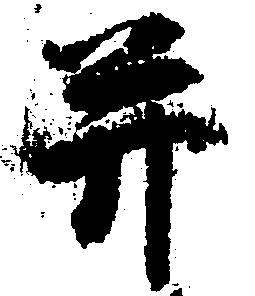
并